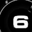
Digit: 6